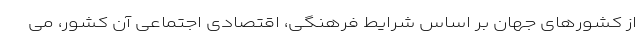
از کشورهای جهان بر اساس شرایط فرهنگی، اقتصادی اجتماعی آن کشور، می